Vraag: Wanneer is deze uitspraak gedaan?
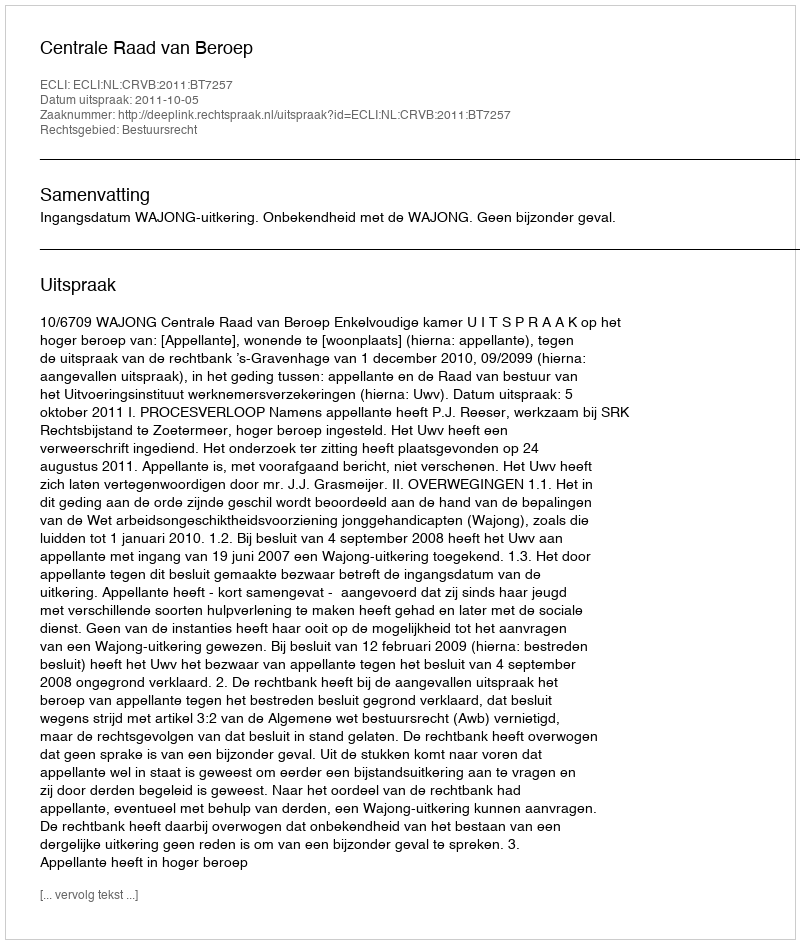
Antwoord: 2011-10-05